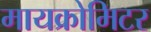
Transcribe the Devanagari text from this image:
मायक्रोमिटर